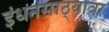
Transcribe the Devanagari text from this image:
इंधनसाठ्यावर